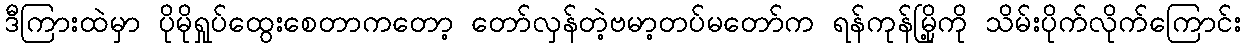
ဒီကြားထဲမှာ ပိုမိုရှုပ်ထွေးစေတာကတော့ တော်လှန်တဲ့ဗမာ့တပ်မတော်က ရန်ကုန်မြို့ကို သိမ်းပိုက်လိုက်ကြောင်း